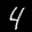
Label: 4